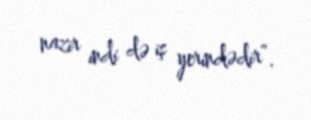
nazir indi də iş yerindədir”.